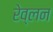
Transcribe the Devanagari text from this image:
रेव्लन